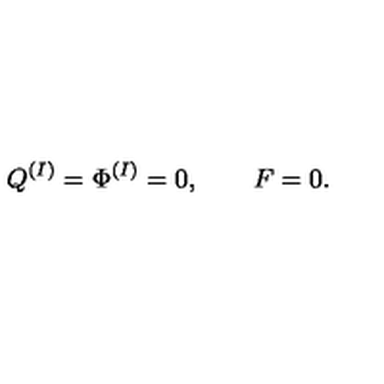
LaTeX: Q ^ { ( I ) } = \Phi ^ { ( I ) } = 0 , \qquad F = 0 .